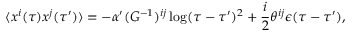
\langle x ^ { i } ( \tau ) x ^ { j } ( \tau ^ { \prime } ) \rangle = - \alpha ^ { \prime } ( G ^ { - 1 } ) ^ { i j } \log ( \tau - \tau ^ { \prime } ) ^ { 2 } + \frac { i } { 2 } \theta ^ { i j } \epsilon ( \tau - \tau ^ { \prime } ) ,